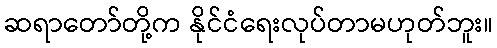
ဆရာတော်တို့က နိုင်ငံရေးလုပ်တာမဟုတ်ဘူး။